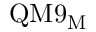
\mathrm { Q M 9 _ { M } }